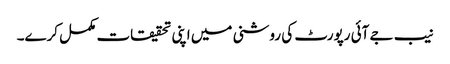
نیب جے آئی رپورٹ کی روشنی میں اپنی تحقیقات مکمل کرے۔